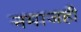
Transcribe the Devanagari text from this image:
नमाजही